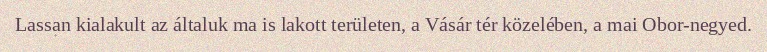
Lassan kialakult az általuk ma is lakott területen, a Vásár tér közelében, a mai Obor-negyed.